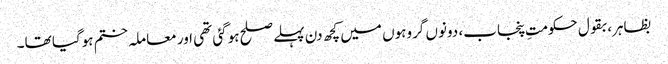
بظاہر، بقول حکومتِ پنجاب، دونوں گروہوں میں کچھ دن پہلے صلح ہوگئی تھی اور معاملہ ختم ہوگیا تھا۔